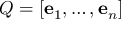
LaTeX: Q = \left[ \mathbf { e } _ { 1 } , \ldots , \mathbf { e } _ { n } \right]